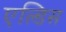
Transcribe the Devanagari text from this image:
एल्डिस